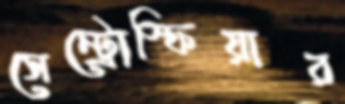
সেন্ট্রোস্ফিয়ার